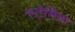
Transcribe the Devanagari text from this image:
स्टेमिना